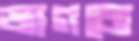
জাগবো